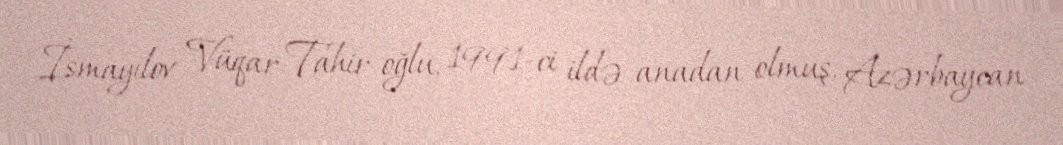
İsmayılov Vüqar Tahir oğlu, 1991-ci ildə anadan olmuş, Azərbaycan